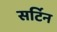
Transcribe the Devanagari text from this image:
सर्टिन